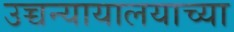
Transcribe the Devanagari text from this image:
उच्चन्यायालयाच्या